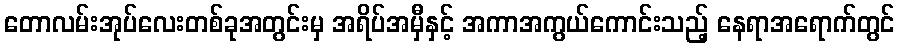
တောလမ်းအုပ်လေးတစ်ခုအတွင်းမှ အရိပ်အမှီနှင့် အကာအကွယ်ကောင်းသည့် နေရာအရောက်တွင်